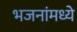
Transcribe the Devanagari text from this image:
भजनांमध्ये